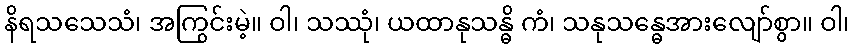
နိရသသေသံ၊ အကြွင်းမဲ့။ ဝါ၊ သဿုံ၊ ယထာနုသန္ဓိ ကံ၊ သနုသန္ဓေအားလျော်စွာ။ ဝါ၊